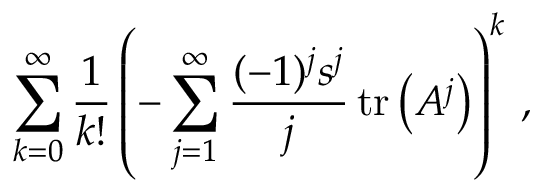
\sum _ { k = 0 } ^ { \infty } { \frac { 1 } { k ! } } \left( - \sum _ { j = 1 } ^ { \infty } { \frac { ( - 1 ) ^ { j } s ^ { j } } { j } } \operatorname { t r } \left( A ^ { j } \right) \right) ^ { k } \, ,